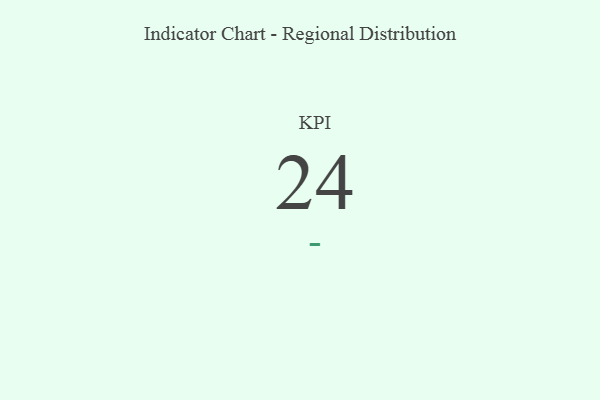
{"axis": {"x": "KPI", "y": "Value"}, "legend": [""], "data": [{"x": "KPI", "y": 24, "type": ""}]}